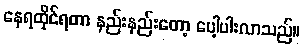
နေရထိုင်ရတာ နည်းနည်းတော့ ပေါ့ပါးလာသည်။